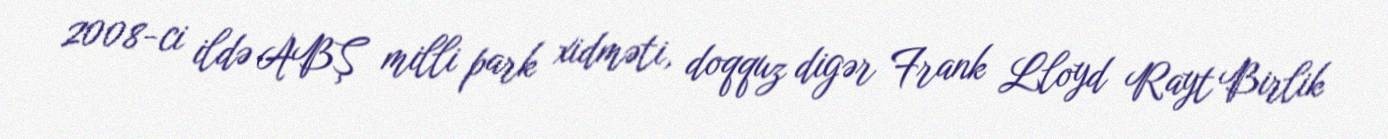
2008-ci ildə ABŞ milli park xidməti, doqquz digər Frank Lloyd Rayt Birlik